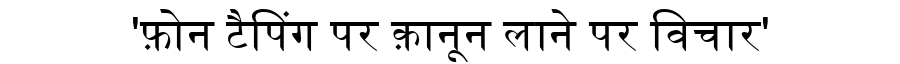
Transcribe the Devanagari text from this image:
'फ़ोन टैपिंग पर क़ानून लाने पर विचार'